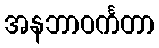
အနဘာဝင်္ကတာ